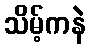
သိမ့်ကနဲ